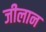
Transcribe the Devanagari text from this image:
जीलान